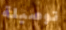
توصيلة